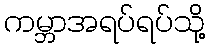
ကမ္ဘာအရပ်ရပ်သို့